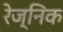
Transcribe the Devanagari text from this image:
रेज्निक